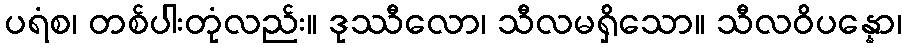
ပရံစ၊ တစ်ပါးတုံလည်း။ ဒုဿီလော၊ သီလမရှိသော။ သီလဝိပန္နော၊